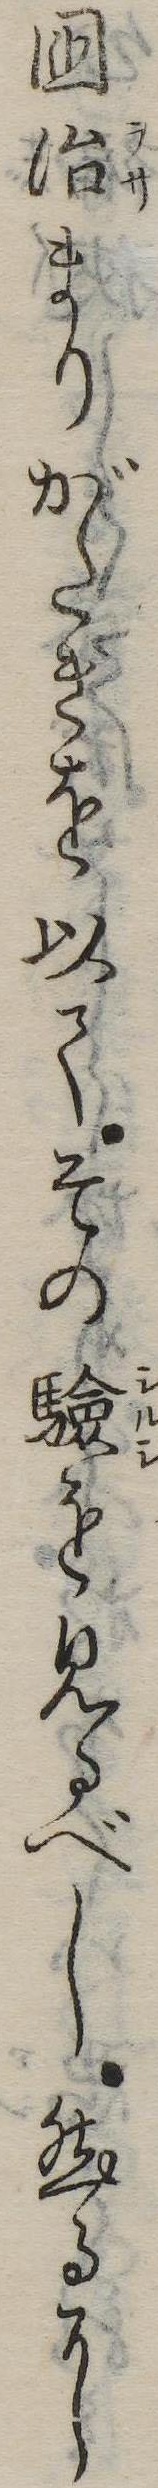
国治まりがたきを以てその験を見るべし然るに